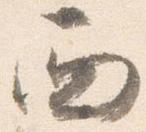
西